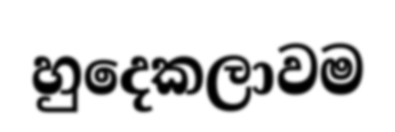
හුදෙකලාවම